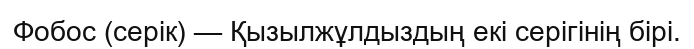
Фобос (серік) — Қызылжұлдыздың екі серігінің бірі.